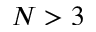
N > 3